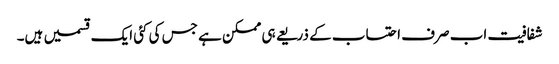
شفافیت اب صرف احتساب کے ذریعے ہی ممکن ہے جس کی کئی ایک قسمیں ہیں۔